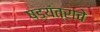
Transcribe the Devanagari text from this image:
षड्यंत्राचे